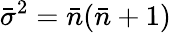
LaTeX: \bar{\sigma}^{2}=\bar{n}(\bar{n}+1)